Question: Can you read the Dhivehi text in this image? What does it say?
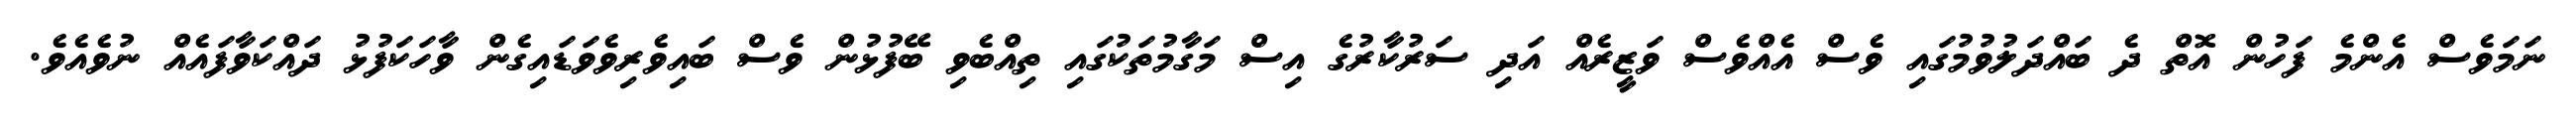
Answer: ނަމަވެސް އެންމެ ފަހުން އޮތް ދެ ބައްދަލުވުމުގައި ވެސް އެއްވެސް ވަޒީރެއް އަދި ސަރުކާރުގެ އިސް މަގާމުތަކުގައި ތިއްބެވި ބޭފުޅުން ވެސް ބައިވެރިވެވަޑައިގެން ވާހަކަފުޅު ދައްކަވާފައެއް ނުވެއެވެ.